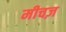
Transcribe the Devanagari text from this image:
मीचज़